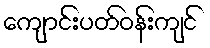
ကျောင်းပတ်ဝန်းကျင်